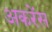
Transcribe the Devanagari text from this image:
अकरेंस